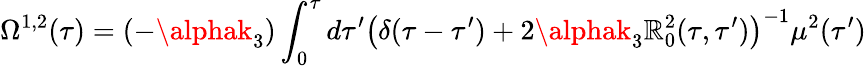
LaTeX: \Omega^{1,2}(\tau)=(-\alphak_{3})\int_{0}^{\tau}d\tau^{\prime}\left(\delta(\tau-\tau^{\prime})+2\alphak_{3}\mathbb{R}_{0}^{2}(\tau,\tau^{\prime})\right)^{-1}\mu^{2}(\tau^{\prime})